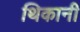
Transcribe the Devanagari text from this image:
थिकानी